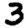
Digit: 3